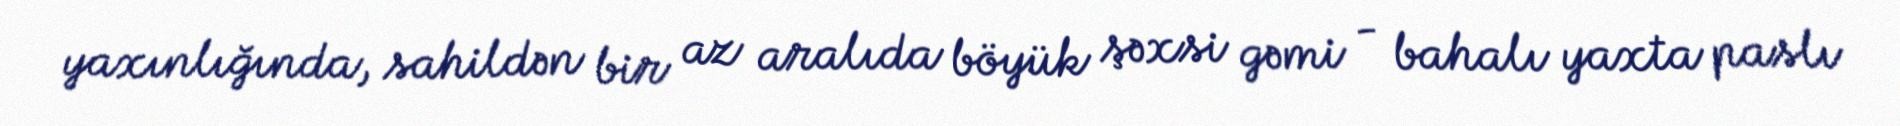
yaxınlığında, sahildən bir az aralıda böyük şəxsi gəmi - bahalı yaxta paslı